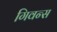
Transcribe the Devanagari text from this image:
गिवन्स